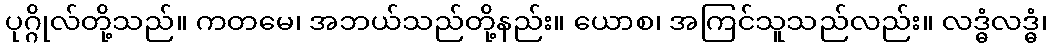
ပုဂ္ဂိုလ်တို့သည်။ ကတမေ၊ အဘယ်သည်တို့နည်း။ ယောစ၊ အကြင်သူသည်လည်း။ လဒ္ဓံလဒ္ဓံ၊